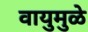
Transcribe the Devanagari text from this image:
वायुमुळे